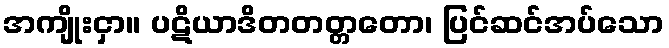
အကျိုးငှာ။ ပဋိယာဒိတတတ္တတော၊ ပြင်ဆင်အပ်သော